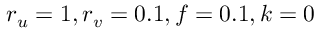
r _ { u } = 1 , r _ { v } = 0 . 1 , f = 0 . 1 , k = 0